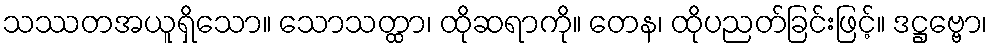
သဿတအယူရှိသော။ သောသတ္ထာ၊ ထိုဆရာကို။ တေန၊ ထိုပညတ်ခြင်းဖြင့်။ ဒဋ္ဌဗ္ဗော၊